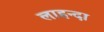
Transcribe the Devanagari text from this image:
लाहन्दा